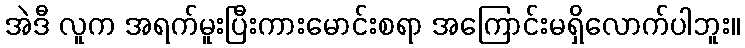
အဲဒီ လူက အရက်မူးပြီးကားမောင်းစရာ အကြောင်းမရှိလောက်ပါဘူး။